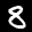
Label: 8